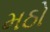
મઠો